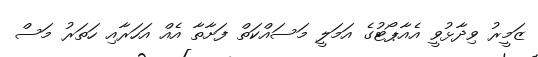
ޒަމީރު ވިދާޅުވީ އެއާޕޯޓުގެ އަމަލީ މަސައްކަތް ފަށާތާ އެއް އަހަރާއި ހަތަރު މަސް